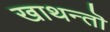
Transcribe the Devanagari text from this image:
खाथन्तॊ